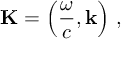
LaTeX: \mathbf { K } = \left( { \frac { \omega } { c } } , \mathbf { k } \right) \, ,